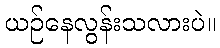
ယဉ်နေလွန်းသလားပဲ။